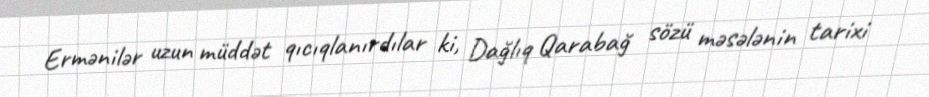
Ermənilər uzun müddət qıcıqlanırdılar ki, Dağlıq Qarabağ sözü məsələnin tarixi